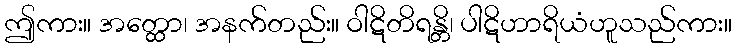
ဤကား။ အတ္ထော၊ အနက်တည်း။ ဝါဋိတိရန္တိ၊ ပါဋိဟာရိယံဟူသည်ကား။